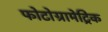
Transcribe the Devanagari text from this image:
फोटोग्रामेट्रिक